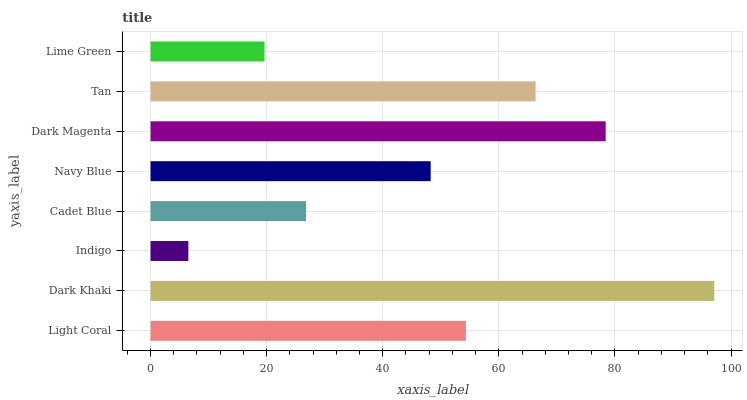
| yaxis_label | bars |
 | --- | --- |
 | Light Coral | 54.3 |
 | Dark Khaki | 97.1 |
 | Indigo | 6.52 |
 | Cadet Blue | 26.8 |
 | Navy Blue | 48.3 |
 | Dark Magenta | 78.4 |
 | Tan | 66.3 |
 | Lime Green | 19.6 |